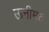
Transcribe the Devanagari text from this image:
ऊनीमठ